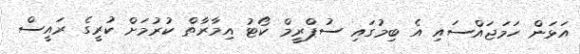
އަޅަން ހަމަޖައްސައި އެ ބިމުގައި ސުޕްރީމް ކޯޓު އިމާރާތް ކުރުމަށް ކުރީގެ ރައީސް